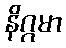
နိဂ္ဂမာ